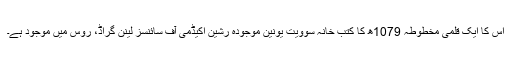
اِس کا ایک قلمی مخطوطہ 1079ھ کا کتب خانہ سوویت یونین موجودہ رشین اکیڈمی آف سائنسز لینن گراڈ، روس میں موجود ہے۔